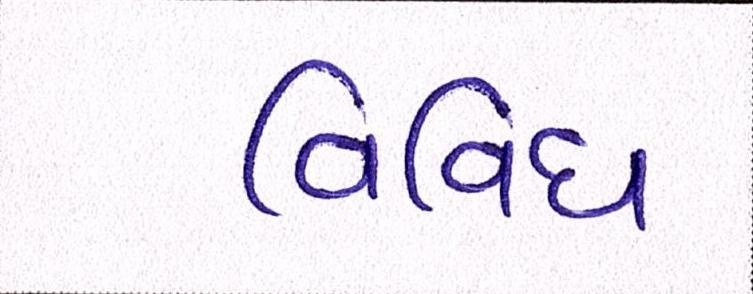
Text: વિવિધ